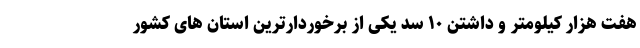
هفت هزار کیلومتر و داشتن ۱۰ سد یکی از برخوردارترین استان های کشور